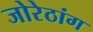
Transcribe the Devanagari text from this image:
जोरेठांग